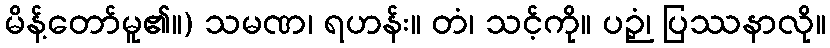
မိန့်တော်မူ၏။) သမဏ၊ ရဟန်း။ တံ၊ သင့်ကို။ ပဉှံ၊ ပြဿနာလို။